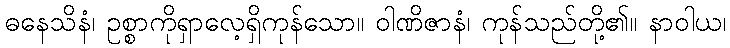
ဓနေသိနံ၊ ဥစ္စာကိုရှာလေ့ရှိကုန်သော။ ဝါဏိဇာနံ၊ ကုန်သည်တို့၏။ နာဝါယ၊